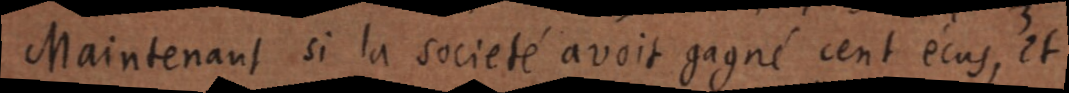
Maintenant si la societé avait gagné cent écus, et